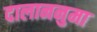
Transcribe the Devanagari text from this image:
दालाननुमा